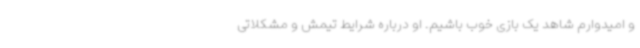
و امیدوارم شاهد یک بازی خوب باشیم. او درباره شرایط تیمش و مشکلاتی